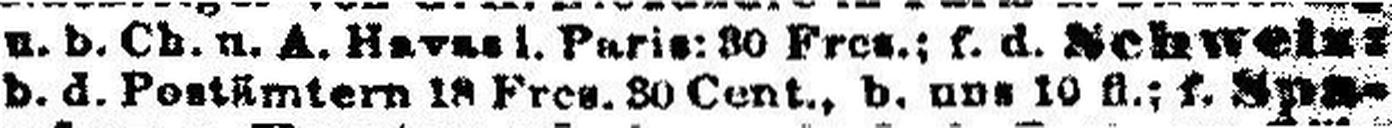
b. d. Postämtern 18 Fres. 30 Cent., b. uns 10 fl.; f. Spa¬